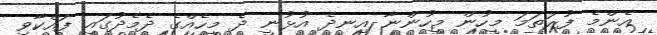
އެންމެ ފުރަތަމަ މީހުން މީހުންނާ އިނދެ އުޅުނީ ދެ މީހެއްގެ ދެމެދުގައި ފައްކާވި